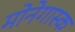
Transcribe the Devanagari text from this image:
मोनेगास्क